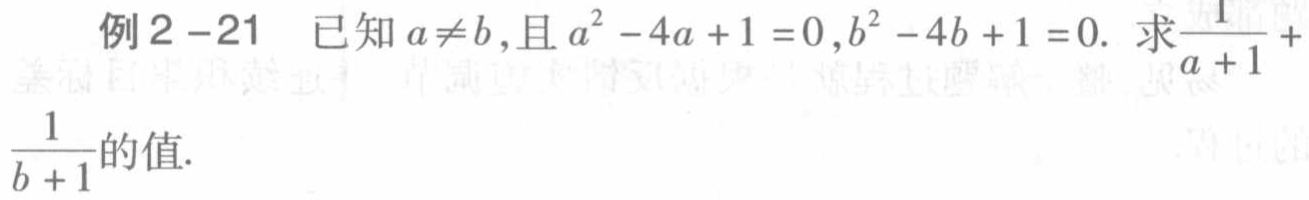
例2 -21 已知 \(a\neq b\)，且 \(a^{2}-4a + 1 = 0\)，\(b^{2}-4b + 1 = 0\). 求\(\frac{1}{a + 1}+ \frac{1}{b + 1}\)的值.